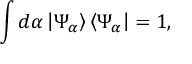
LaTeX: \int d \alpha \left| \Psi _ { \alpha } \right\rangle \left\langle \Psi _ { \alpha } \right| = 1 ,